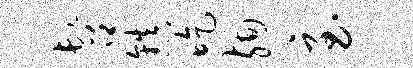
髫镇吃殉至